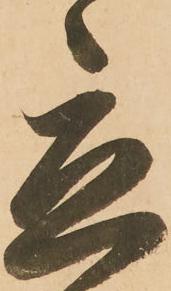
立